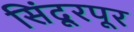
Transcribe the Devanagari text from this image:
सिंदूरपूर